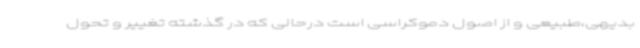
بدیهی،طبیعی و از اصول دموکراسی است درحالی که در گذشته تغییر و تحول